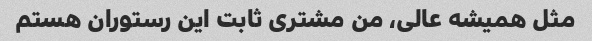
مثل همیشه عالی، من مشتری ثابت این رستوران هستم